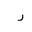
Letter: _ra